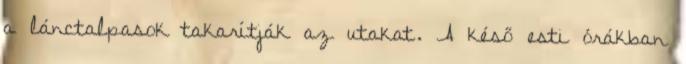
a lánctalpasok takarítják az utakat. A késő esti órákban